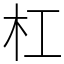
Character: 杠